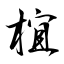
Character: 椬